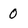
Character: 0